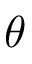
\theta